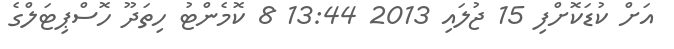
އަށް ކުޑަކޮށްފި 15 ޖުލައި 2013 13:44 8 ކޮމެންޓު ހިތަދޫ ހޮސްޕިޓަލްގެ